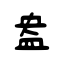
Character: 盎